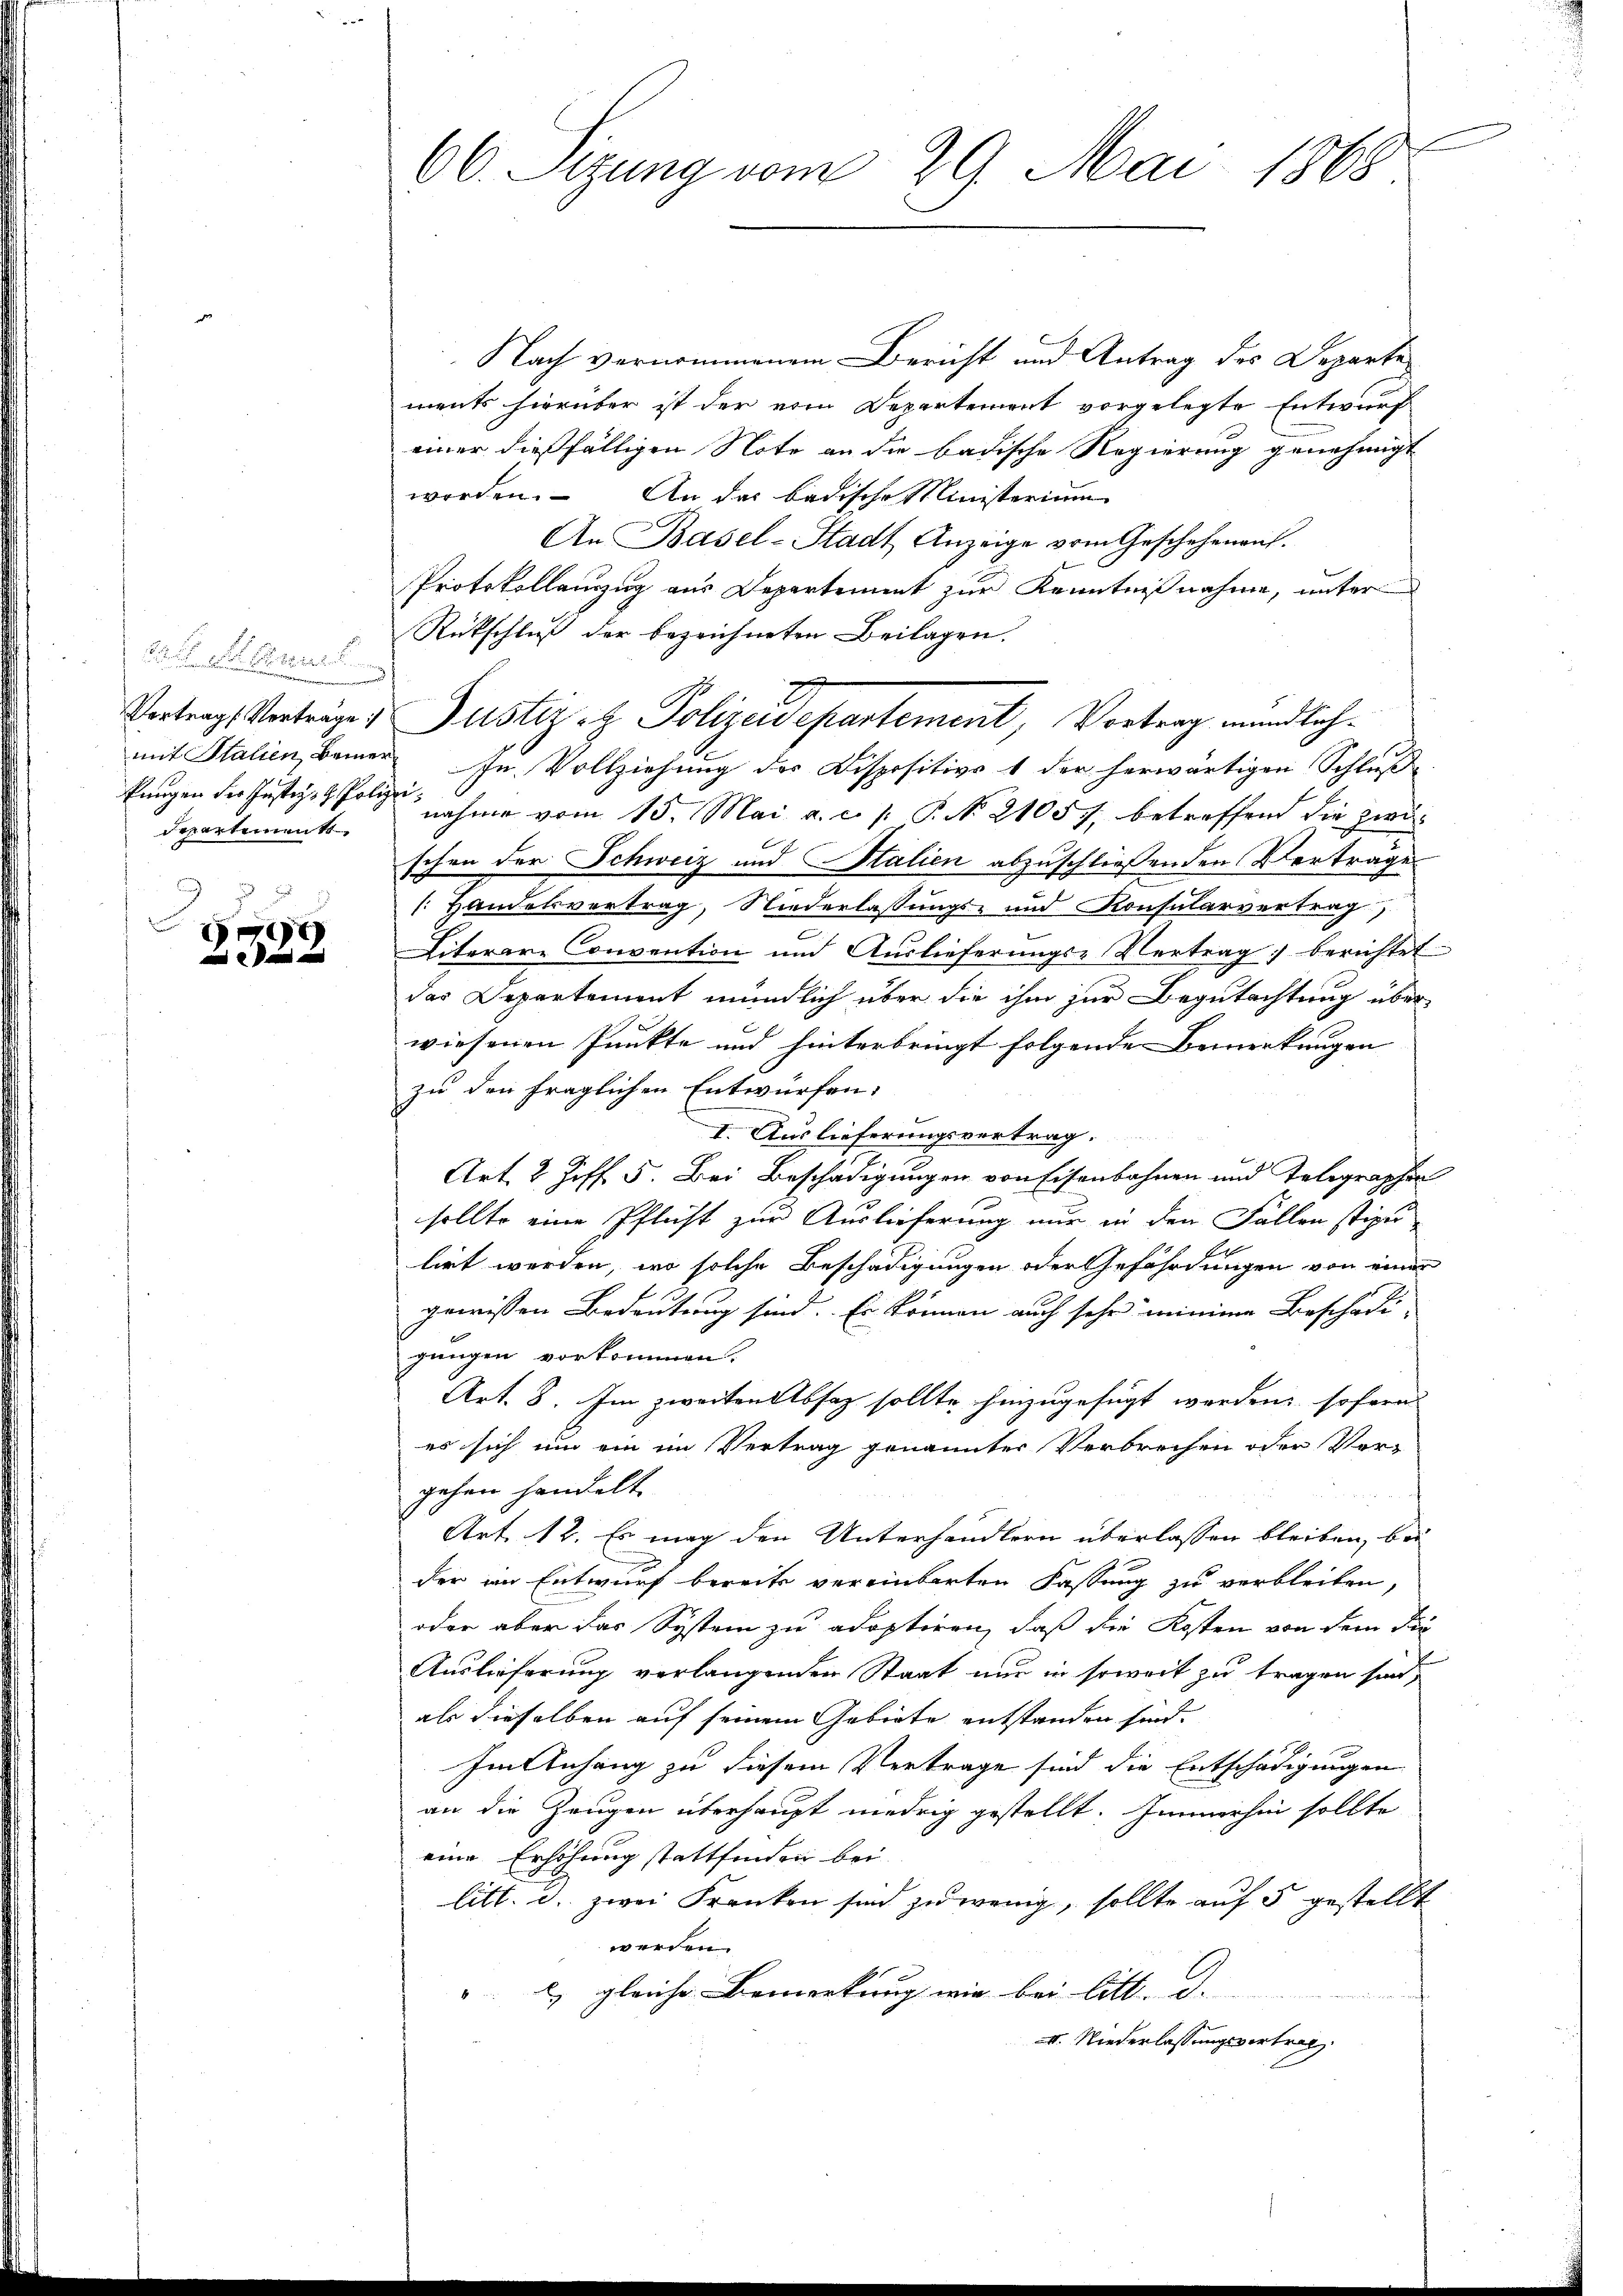
Basler Gru
departement

7

66. Sizung vom 29. Mai 1868.

Nach vernommenem Bericht und Antrag des Departe
ments hierüber ist der vom Departement vorgelegte Entwurf
einer dießfälligen Note an die badische Regierung genehmigt
worden. An das badische Ministerium
An Basel-Stadt Anzeige vom Geschehenauf.
Protokollenzug aus Departement zur Kenntnißnahme, unter
Rückschluß der bezeichneten Beilagen.
mit Stalien, Baier In Vollziehung des Dispositive 1 der herwärtigen Schlußkungen der est nahme vom 15. Mai a. c. p. P. N. 21057, betreffend die zwi
schen der Schweiz und Salien abzuschließenden Vertrage
 Handelsvertrag, Niederlassungs- und Konsularvertrag
Literar-Convention und Auslieferungs-Vertrag berichtet
das Departement mündlich über die ihm zur Begutachtung über-
wiesenen Punkte und hinterbringt folgende Bemerkungen
zu den fraglichen Entwürfen.
I. Auslieferungsvertrag.
Art. 2 Ziff. 5. Bei Beschädigungen von Eisenbahnen und Telegrapher
sollte eine Pflicht zur Auslieferung nur in den Fällen stipu
lirt werden, wo solche Beschädigungen oder Gefährdungen von einer
gewissen Bedeutung sind. Es können auch sehr minime Beschädi-
gungen vorkommen.
Art. 8. Im zweiten Absatz sollte hinzugefügt werden, sofern
es sich um ein im Vertrag genannter Verbrechen oder Vor-
gehen handelt.
Art. 12. Es mag den Unterhandlern überlassen bleiben, bei
der im Entwurf bereits vereinbarten Fassung zu verbleiben,
oder aber das System zu adoptiren, daß die Kosten von dem die
Auslieferung verlangenden Staat nur in soweit zu tragen sind,
als dieselben auf seinem Gebiete entstanden sind.
Im Anhang zu diesem Vertrage sind die Entschädigungen
an die Zeugen überhaupt niedrig gestellt. Immerhin sollte
eine Erhöhung stattfinden bei
litt. d. zwei Franken sind zu wenig, sollte auf 5 gestellt
werden.
) gleiche Bemerkung wie bei litt. d.
II. Niederlassungsvertrag

Vortrags Vorträge & Puster - Polizeidepartement, Vortrag mündlich¬